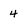
Character: 4